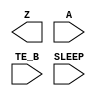
module sky130_fd_sc_lp__busdrivernovlpsleep_2 (
    Z    ,
    A    ,
    TE_B ,
    SLEEP
);
    output Z    ;
    input  A    ;
    input  TE_B ;
    input  SLEEP;
    wire nor_teb_SLEEP;
endmodule